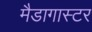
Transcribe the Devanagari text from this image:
मैडागास्टर